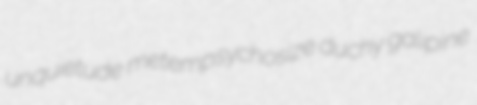
unquietude metempsychosize duchy galipine